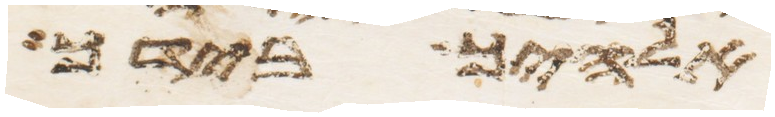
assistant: אלהיך בידך